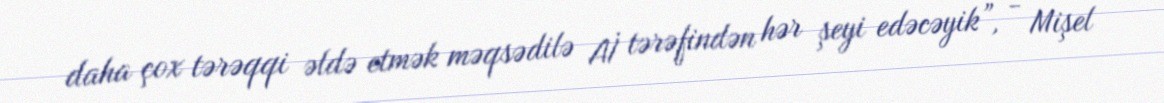
daha çox tərəqqi əldə etmək məqsədilə Aİ tərəfindən hər şeyi edəcəyik”, - Mişel